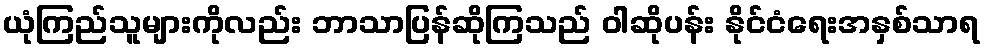
ယုံကြည်သူများကိုလည်း ဘာသာပြန်ဆိုကြသည် ဝါဆိုပန်း နိုင်ငံရေးအနှစ်သာရ